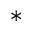
^ *